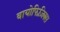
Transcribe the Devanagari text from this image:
वायोफिज़िक्स